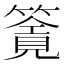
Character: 𥳸